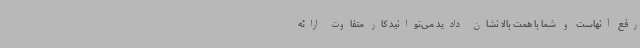
رفع آنهاست و شما با همت بالا نشان دادید می‌توانید کار متفاوت ارائه